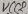
Text: VCC2